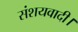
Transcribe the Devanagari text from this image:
संशयवादी।